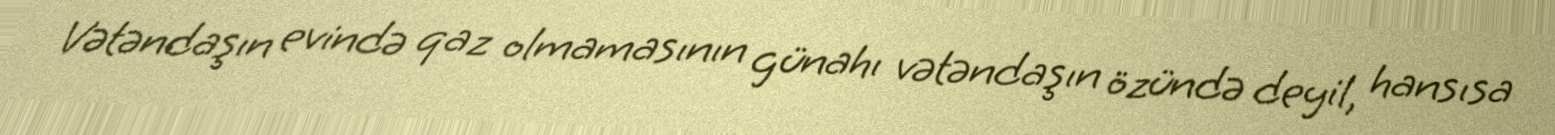
Vətəndaşın evində qaz olmamasının günahı vətəndaşın özündə deyil, hansısa